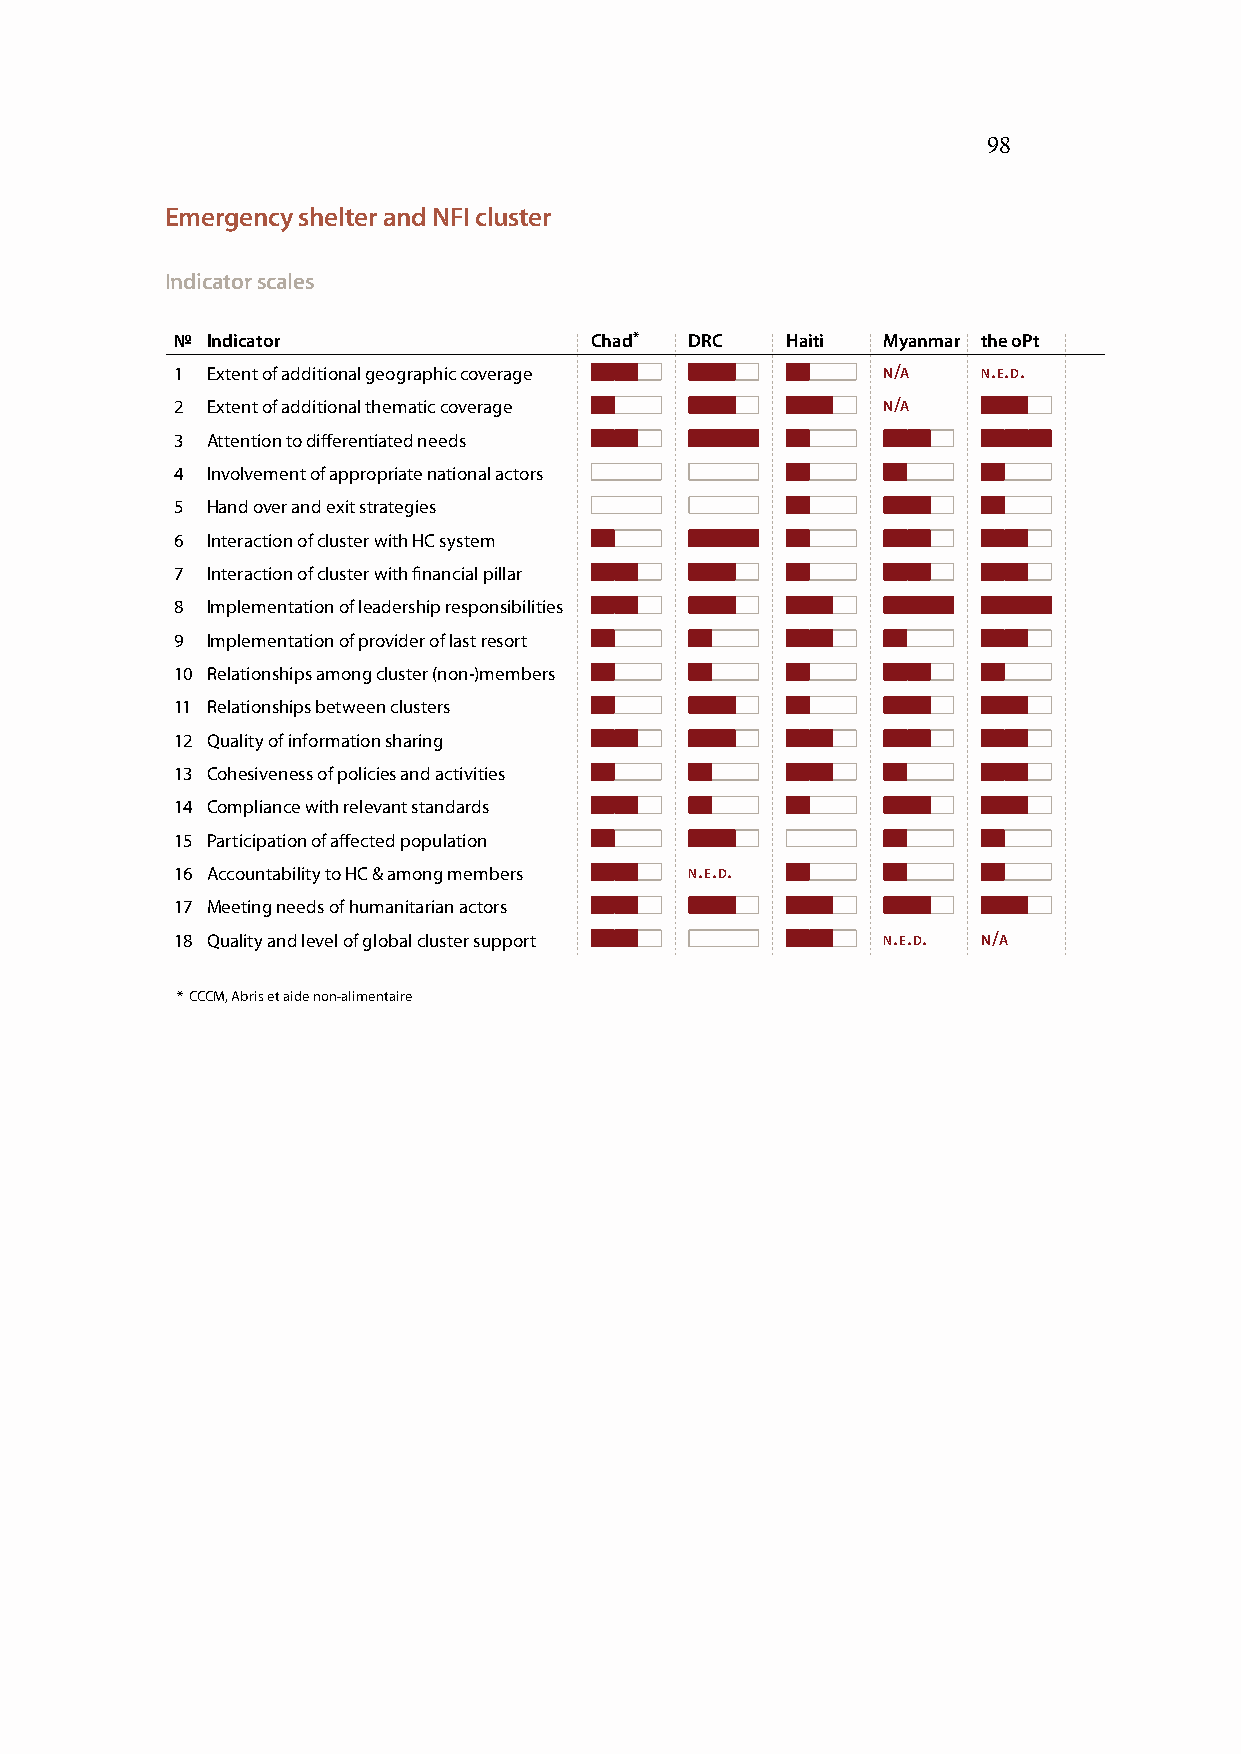
98
 Emergency shelter and NFI cluster
 Indicator scales
 № Indicator                Chad*  DRC   Haiti Myanmar the oPt
 1 Extent of additional geographic coverage    n/a    n.e.d.
 2 Extent of additional thematic coverage      n/a
 3 Attention to differentiated needs n/a
 4 Involvement of appropriate national actors
 5 Hand over and exit strategies
 6 Interaction of cluster with HC system
 7 Interaction of cluster with financial pillar
 8 Implementation of leadership responsibilities
 9 Implementation of provider of last resort
 10 Relationships among cluster (non-)members
 11 Relationships between clusters
 12 Quality of information sharing
 13 Cohesiveness of policies and activities
 14 Compliance with relevant standards .
 15 Participation of affected population
 16 Accountability to HC & among members n.e.d.
 17 Meeting needs of humanitarian actors
 18 Quality and level of global cluster support n.e.d. n/a
 * CCCM, Abris et aide non-alimentaire